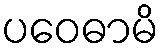
ပဝေဓာမိ